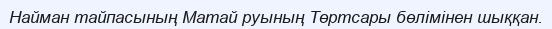
Найман тайпасының Матай руының Төртсары бөлімінен шыққан.